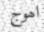
اھوج